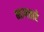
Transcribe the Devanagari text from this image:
भागहारे